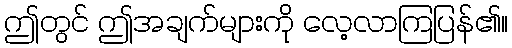
ဤတွင် ဤအချက်များကို လေ့လာကြပြန်၏။